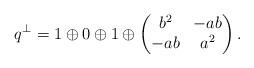
LaTeX: \begin{align*}q^\perp = 1\oplus 0\oplus 1\oplus \begin{pmatrix}b^2&-ab \\-ab&a^2\end{pmatrix}.\end{align*}